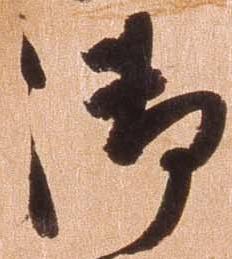
御